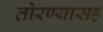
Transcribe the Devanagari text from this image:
तोरण्यासह